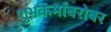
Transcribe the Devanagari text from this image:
शुभकर्मांबरोबर